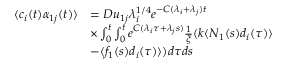
\begin{array} { r l } { \langle c _ { i } ( t ) \alpha _ { 1 j } ( t ) \rangle } & { = D u _ { 1 j } \lambda _ { i } ^ { 1 / 4 } e ^ { - C ( \lambda _ { i } + \lambda _ { j } ) t } } \\ & { \times \int _ { 0 } ^ { t } \int _ { 0 } ^ { t } e ^ { C ( \lambda _ { i } \tau + \lambda _ { j } s ) } \frac { 1 } { \xi } ( k \langle N _ { 1 } ( s ) d _ { i } ( \tau ) \rangle } \\ & { - \langle f _ { 1 } ( s ) d _ { i } ( \tau ) \rangle ) d \tau d s } \end{array}